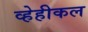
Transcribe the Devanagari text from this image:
व्हेहीकल